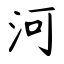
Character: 河